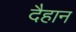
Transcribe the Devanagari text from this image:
दैहान